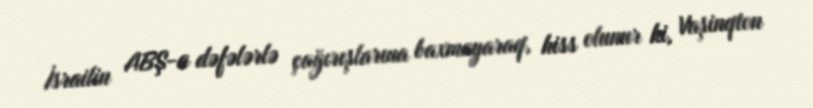
İsrailin ABŞ-a dəfələrlə çağırışlarına baxmayaraq, hiss olunur ki, Vaşinqton